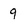
Character: 9